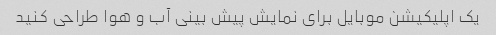
یک اپلیکیشن موبایل برای نمایش پیش بینی آب و هوا طراحی کنید